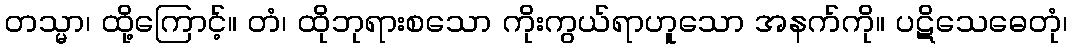
တသ္မာ၊ ထို့ကြောင့်။ တံ၊ ထိုဘုရားစသော ကိုးကွယ်ရာဟူသော အနက်ကို။ ပဋိသေဓေတုံ၊